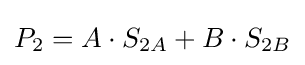
P_{2}=A\cdot S_{2A}+B\cdot S_{2B}